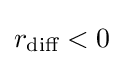
r_{\text{diff}}<0